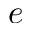
e